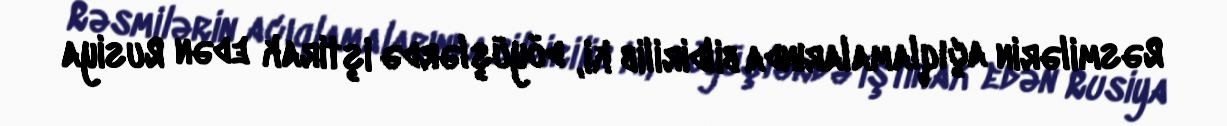
Rəsmilərin açıqlamalarında bildirilib ki, döyüşlərdə iştirak edən Rusiya